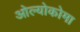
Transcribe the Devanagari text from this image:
ओल्योकोमा